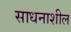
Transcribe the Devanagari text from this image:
साधनाशील